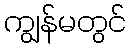
ကျွန်မတွင်